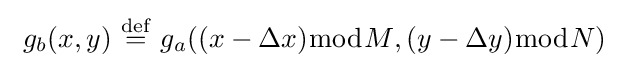
\ g_{b}(x,y)\ {\stackrel {\mathrm {def} }{=}}\ g_{a}((x-\Delta x){\bmod {M}},(y-\Delta y){\bmod {N}})